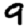
Digit: 9